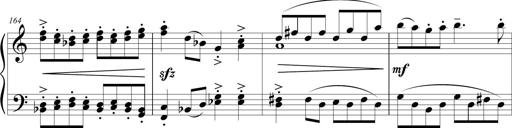
Title: Sonatina (Piano Sonata No.9)
Composer: Richard St. Clair